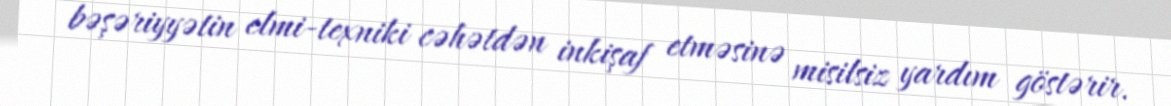
bəşəriyyətin elmi-texniki cəhətdən inkişaf etməsinə misilsiz yardım göstərir.